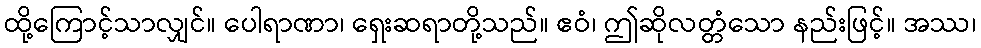
ထို့ကြောင့်သာလျှင်။ ပေါရာဏာ၊ ရှေးဆရာတို့သည်။ ဧဝံ၊ ဤဆိုလတ္တံသော နည်းဖြင့်။ အဿ၊